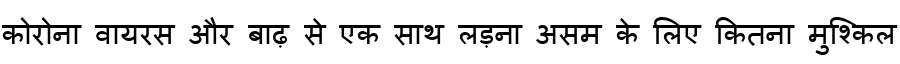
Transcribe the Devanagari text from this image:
कोरोना वायरस और बाढ़ से एक साथ लड़ना असम के लिए कितना मुश्किल